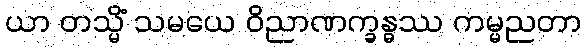
ယာ တသ္မိံ သမယေ ဝိညာဏက္ခန္ဓဿ ကမ္မညတာ